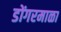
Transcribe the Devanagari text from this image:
डोंगरमाळा